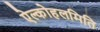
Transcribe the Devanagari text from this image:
ऐल्कोहलमिति